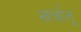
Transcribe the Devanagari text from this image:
ख़र्चालू